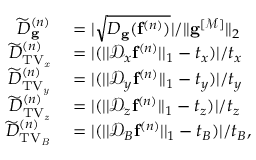
\begin{array} { r l } { \widetilde { D } _ { \mathbf { g } } ^ { ( n ) } } & { { } = | \sqrt { D _ { \mathbf { g } } ( \mathbf { f } ^ { ( n ) } ) } | / | | \mathbf { g } ^ { [ \mathcal { M } ] } | | _ { 2 } } \\ { \widetilde { D } _ { \mathrm { T V _ { \it x } } } ^ { ( n ) } } & { { } = | ( | | \mathcal { D } _ { x } \mathbf { f } ^ { ( n ) } | | _ { 1 } - t _ { x } ) | / t _ { x } } \\ { \widetilde { D } _ { \mathrm { T V _ { \it y } } } ^ { ( n ) } } & { { } = | ( | | \mathcal { D } _ { y } \mathbf { f } ^ { ( n ) } | | _ { 1 } - t _ { y } ) | / t _ { y } } \\ { \widetilde { D } _ { \mathrm { T V _ { \it z } } } ^ { ( n ) } } & { { } = | ( | | \mathcal { D } _ { z } \mathbf { f } ^ { ( n ) } | | _ { 1 } - t _ { z } ) | / t _ { z } } \\ { \widetilde { D } _ { \mathrm { T V _ { \it B } } } ^ { ( n ) } } & { { } = | ( | | \mathcal { D } _ { B } \mathbf { f } ^ { ( n ) } | | _ { 1 } - t _ { B } ) | / t _ { B } , } \end{array}